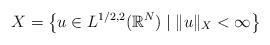
LaTeX: \begin{align*}X = \left\{ u \in L^{1/2,2}(\mathbb{R}^N) \mid \|u\|_X<\infty\right\}\end{align*}